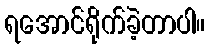
ရအောင်ရိုက်ခဲ့တာပါ။